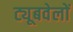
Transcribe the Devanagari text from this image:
ट्यूबवेलों